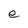
Character: e